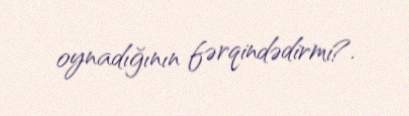
oynadığının fərqindədirmi?.